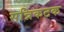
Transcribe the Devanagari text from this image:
सन्निकटक